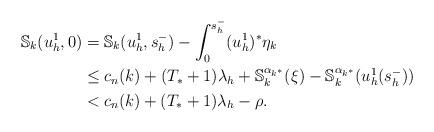
LaTeX: \begin{align*}{\mathbb S}_k(u^1_h,0) &= {\mathbb S}_k(u_h^1,s_h^-) - \int_0^{s^-_h} (u_h^1)^*\eta_k\\ &\leq c_n(k)+(T_*+1)\lambda_h + {\mathbb S}_k^{\alpha_{k^*}}(\xi)-{\mathbb S}_k^{\alpha_{k^*}} (u_h^1(s_h^-))\\ &< c_n(k)+(T_*+1)\lambda_h-\rho.\end{align*}